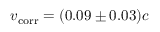
v _ { \mathrm { c o r r } } = ( 0 . 0 9 \pm 0 . 0 3 ) c